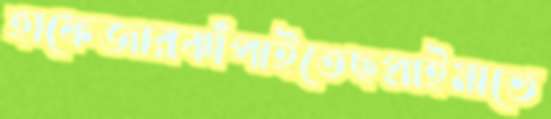
হাফেজারঝাঁপাইতেছপ্রাইমাভে